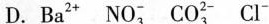
D.Ba^{2+} N0_{3}^{-} Co_{3}^{2-} Cl^{-}